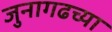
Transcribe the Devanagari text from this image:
जुनागढच्या